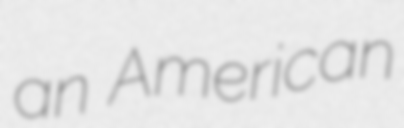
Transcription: an American